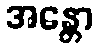
အန္တော